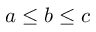
a \leq b \leq c